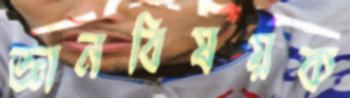
জ্ঞানবিষয়ক